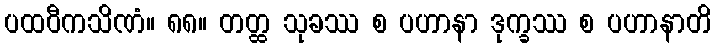
ပထဝီကသိဏံ။ ၈၈။ တတ္ထ သုခဿ စ ပဟာနာ ဒုက္ခဿ စ ပဟာနာတိ